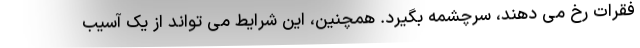
فقرات رخ می دهند، سرچشمه بگیرد. همچنین، این شرایط می تواند از یک آسیب